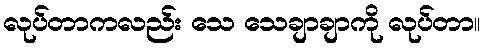
လုပ်တာကလည်း သေ သေချာချာကို လုပ်တာ။